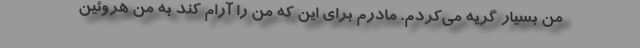
من بسیار گریه می‌کردم. مادرم برای این که من را آرام کند به من هروئین